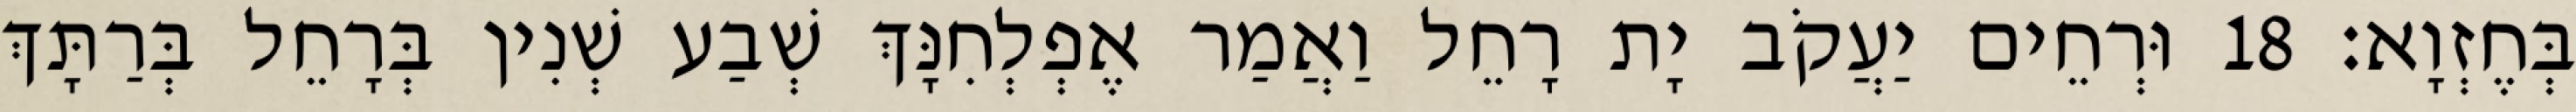
בְּחֶזְוָא׃ 18 וּרְחֵים יַעֲקֹב יָת רָחֵל וַאֲמַר אֶפְלְחִנָּךְ שְׁבַע שְׁנִין בְּרָחֵל בְּרַתָּךְ